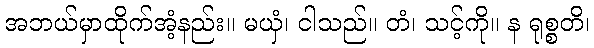
အဘယ်မှာထိုက်အံ့နည်း။ မယှံ၊ ငါသည်။ တံ၊ သင့်ကို။ န ရုစ္စတိ၊